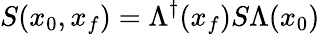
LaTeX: S(x_{0},x_{f})=\Lambda^{\dagger}(x_{f})S\Lambda(x_{0})